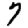
Digit: 7